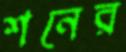
শনের